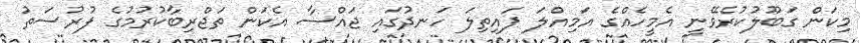
މިކަން ގަބޫލުކުރެވޭނީ އެމީހެއްގެ އަމިއްލަ ފައިތިލަ ހަނދުގައި ޖައްސާ އެކަން ތަޖްރިބާކުރުމުގެ ފުރުސަތު